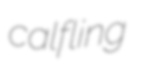
calfling